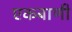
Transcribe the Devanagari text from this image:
एकबाणी